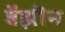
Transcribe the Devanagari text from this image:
बेंझीन